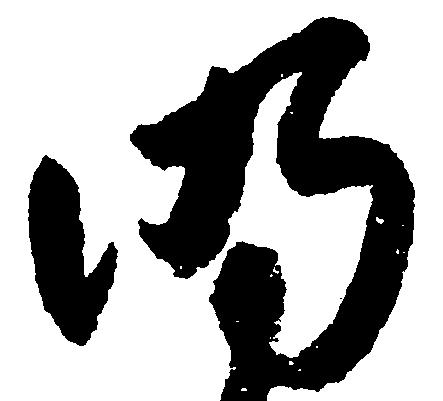
明